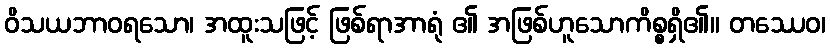
ဝိသယဘာဝရသော၊ အထူးသဖြင့် ဖြစ်ရာအာရုံ ၏ အဖြစ်ဟူသောကိစ္စရှိ၏။ တဿေဝ၊